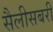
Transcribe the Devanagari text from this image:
सैलीसबरी